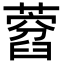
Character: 𦽜